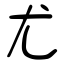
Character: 尤